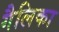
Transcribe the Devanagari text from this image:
गैलिका